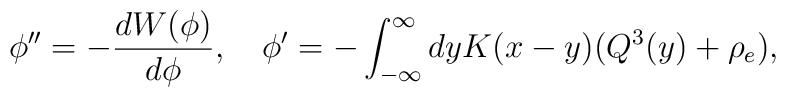
\phi'' = - {d W(\phi)  \over d \phi}, \quad \phi' = - \int_{-\infty}^\infty dy  K(x-y) (Q^3(y) + \rho_e),